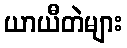
ယာယီတဲများ